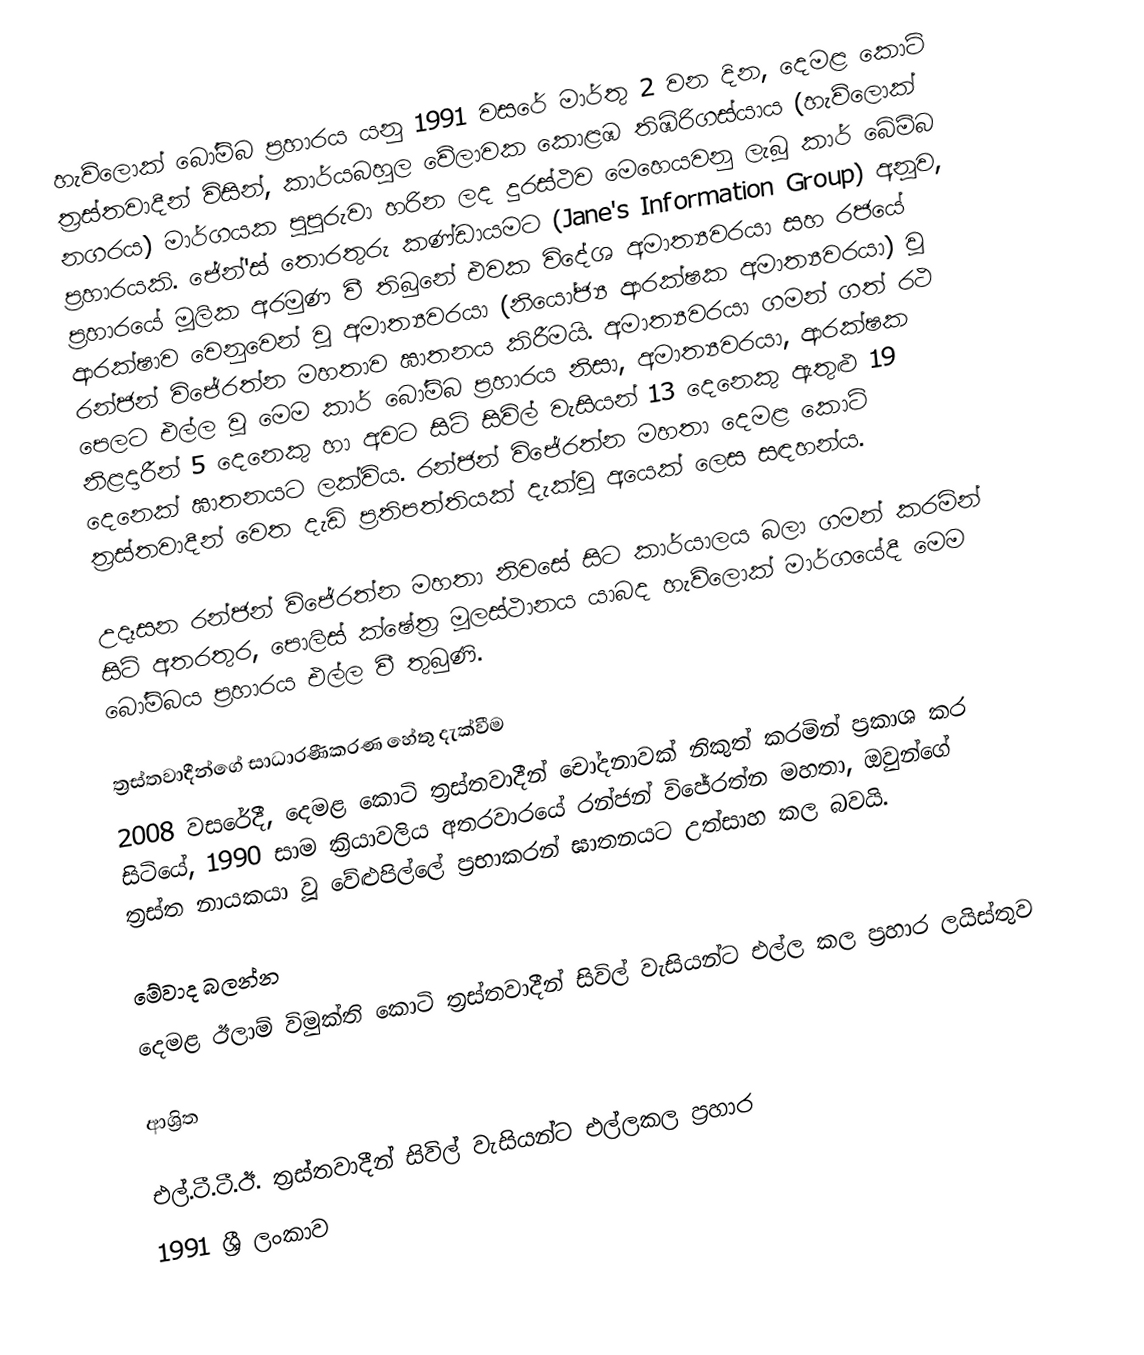
හැව්ලොක් බෝම්බ ප්‍රහාරය යනු 1991 වසරේ මාර්තු 2 වන දින, දෙමළ කොටි ත්‍රස්තවාදීන් විසින්, කාර්යබහුල වේලාවක කොළඹ තිඹිරිගස්යාය (හැව්ලොක් නගරය) මාර්ගයක පුපුරුවා හරින ලද දුරස්ථව මෙහෙයවනු ලැබූ කාර් බේම්බ ප්‍රහාරයකි. ජේන්'ස් තොරතුරු කණ්ඩායමට (Jane's Information Group) අනූව, ප්‍රහාරයේ මූලික අරමුණ වී තිබුනේ එවක විදේශ අමාත්‍යවරයා සහ රජයේ ආරක්ෂාව වෙනුවෙන් වූ අමාත්‍යවරයා (නියෝජ්‍ය ආරක්ෂක අමාත්‍යවරයා) වූ රන්ජන් විජේරත්න මහතාව ඝාතනය කිරීමයි. අමාත්‍යවරයා ගමන් ගත් රථ පෙලට එල්ල වූ මෙම කාර් බෝම්බ ප්‍රහාරය නිසා, අමාත්‍යවරයා, ආරක්ෂක නිළදාරීන් 5 දෙනෙකු හා අවට සිටි සිවිල් වැසියන් 13 දෙනෙකු ඇතුළු  19 දෙනෙක් ඝාතනයට ලක්විය. රන්ජන් විජේරත්න මහතා දෙමළ කොටි ත්‍රස්තවාදීන් වෙත දැඩි ප්‍රතිපත්තියක් දැක්වූ අයෙක් ලෙස සඳහන්ය.

උදෑසන රන්ජන් විජේරත්න මහතා නිවසේ සිට කාර්යාලය බලා ගමන් කරමින් සිටි අතරතුර, පොලිස් ක්ෂේත්‍ර මූලස්ථානය යාබද හැව්ලොක් මාර්ගයේදී මෙම බෝම්බය ප්‍රහාරය එල්ල වී තුබුණි.

ත්‍රස්තවාදීන්ගේ සාධාරණීකරණ හේතු දැක්වීම
2008 වසරේදී, දෙමළ කොටි ත්‍රස්තවාදීන් චෝදනාවක් නිකුත් කරමින් ප්‍රකාශ කර සිටියේ, 1990 සාම ක්‍රියාවලිය අතරවාරයේ රන්ජන් විජේරත්න මහතා, ඔවුන්ගේ ත්‍රස්ත නායකයා වූ වේළුපිල්ලේ ප‍්‍රභාකරන් ඝාතනයට උත්සාහ කල බවයි.

මේවාද බලන්න
 දෙමළ ඊලාම් විමුක්ති කොටි ත්‍රස්තවාදීන් සිවිල් වැසියන්ට එල්ල කල ප්‍රහාර ලයිස්තුව

ආශ්‍රිත

එල්.ටී.ටී.ඊ. ත්‍රස්තවාදීන් සිවිල් වැසියන්ට එල්ලකල ප්‍රහාර
1991 ශ්‍රී ලංකාව